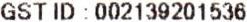
GST ID : 002139201536